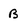
Character: B